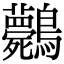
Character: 𪈘